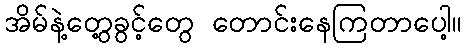
အိမ်နဲ့တွေ့ခွင့်တွေ တောင်းနေကြတာပေါ့။